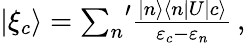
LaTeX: \begin{array}{r}{|\xi_{c}\rangle={\sum_{n}}^{\prime}\frac{|n\rangle\langle n|U|c\rangle}{\varepsilon_{c}-\varepsilon_{n}}\, ,}\end{array}